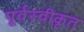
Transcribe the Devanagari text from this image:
पूर्वस्वीकृत